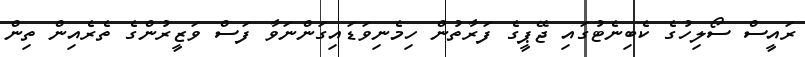
ރައީސް ސޯލިހުގެ ކެބިނެޓުގައި ޖޭޕީގެ ފަރާތުން ހިމެނިވަޑައިގަންނަވާ ފަސް ވަޒީރުންގެ ތެރެއިން ތިން